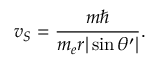
v _ { S } = \frac { m \hbar } { m _ { e } r | \sin \theta ^ { \prime } | } .